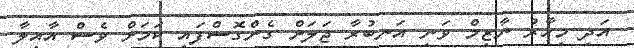
އަދި މިހާރު ނާޒިމް ވަނީ އަނބުރާ ޖަލަށް ގެންގޮސްފައި ކަމަށް ވެސް އާއިލާ